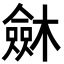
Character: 𣜟